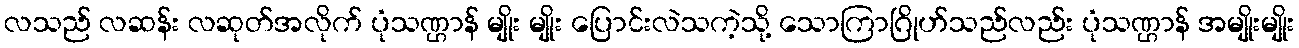
လသည် လဆန်း လဆုတ်အလိုက် ပုံသဏ္ဌာန် မျိုး မျိုး ပြောင်းလဲသကဲ့သို့ သောကြာဂြိုဟ်သည်လည်း ပုံသဏ္ဌာန် အမျိုးမျိုး